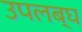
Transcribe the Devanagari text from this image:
उपलब्‍घ